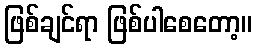
ဖြစ်ချင်ရာ ဖြစ်ပါစေတော့။